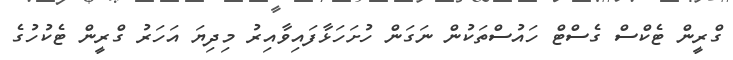
ގްރީން ޓެކްސް ގެސްޓް ހައުސްތަކުން ނަގަން ހުށަހަޅާފައިވާއިރު މިދިޔަ އަހަރު ގްރީން ޓެކުހުގެ